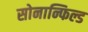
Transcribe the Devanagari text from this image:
सोनान्फिल्ड